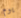
يوم